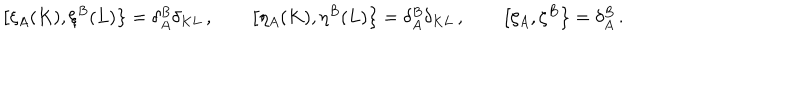
\left[ \xi _ { A } ( K ) , \xi ^ { B } ( L ) \right\} = \delta _ { A } ^ { B } \delta _ { K L } \, , \qquad \left[ \eta _ { A } ( K ) , \eta ^ { B } ( L ) \right\} = \delta _ { A } ^ { B } \delta _ { K L } \, , \qquad \left[ \zeta _ { A } , \zeta ^ { B } \right\} = \delta _ { A } ^ { B } \, .